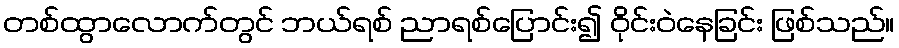
တစ်ထွာလောက်တွင် ဘယ်ရစ် ညာရစ်ပြောင်း၍ ဝိုင်းဝဲနေခြင်း ဖြစ်သည်။